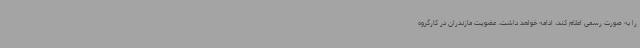
را به صورت رسمی اعلام کند، ادامه خواهد داشت. عضویت مازندران در کارگروه